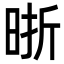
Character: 晣